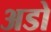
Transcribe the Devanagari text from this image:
अडो